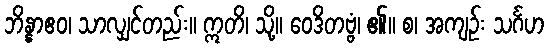
ဘိန္နာဧဝ၊ သာလျှင်တည်း။ ဣတိ၊ သို့။ ဝေဒိတဗ္ဗံ၊ ၏။ စ၊ အကျဉ်း သင်္ဂဟ